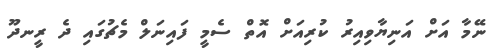
ނޭމާ އަށް އަނިޔާވިއިރު ކުރިއަށް އޮތް ސެމީ ފައިނަލް މެޗުގައި ދެ ރީނދޫ